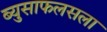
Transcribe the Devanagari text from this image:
ब्युसाफलसला